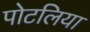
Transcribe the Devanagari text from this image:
पोटलिया